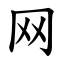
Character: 网